Report on vaccination proceedings throughout the Government of Bengal -
Year: 1868
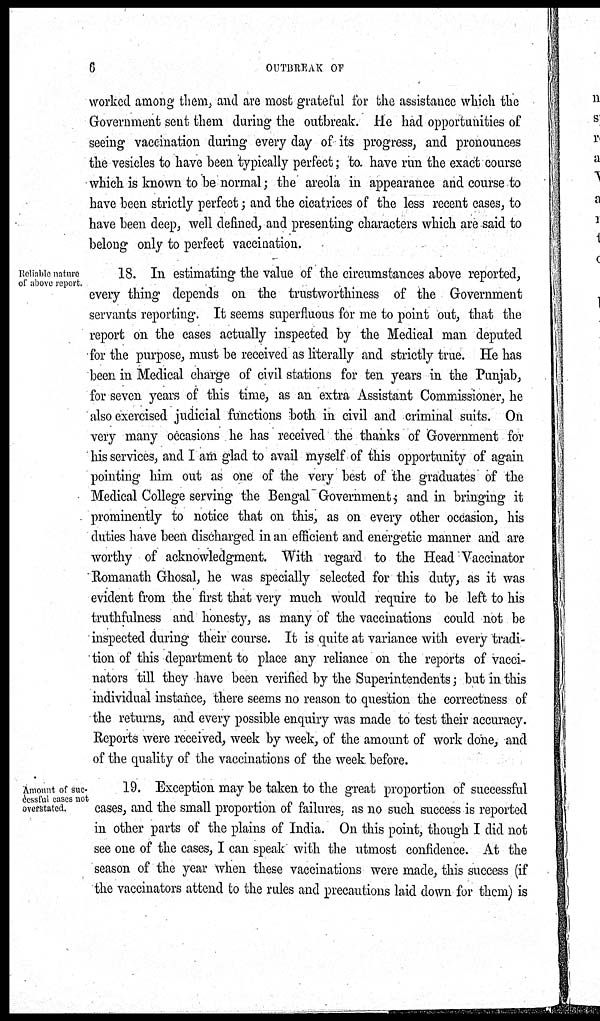
6
OUTBREAK OF
worked among them, and are most grateful for the assistance which the
Government sent them during the outbreak. He had opportunities of
seeing vaccination during every day of its progress, and pronounces
the vesicles to have been typically perfect; to. have run the exact course
which is known to be normal; the areola in appearance and course to
have been strictly perfect; and the cicatrices of the less recent cases, to
have been deep, well defined, and presenting characters which are said to
belong only to perfect vaccination.
Reliable nature
of above report.
18. In estimating the value of the circumstances above reported,
every thing depends on the trustworthiness of the Government
servants reporting. It seems superfluous for me to point out, that the
report on the cases actually inspected by the Medical man deputed
for the purpose, must be received as literally and strictly true. He has
been in Medical charge of civil stations for ten years in the Punjab,
for seven years of this time, as an extra Assistant Commissioner, he
also exercised judicial functions both in civil and criminal suits. On
very many occasions he has received the thanks of Government for
his services, and I am glad to avail myself of this opportunity of again
pointing him out as one of the very best of the graduates of the
Medical College serving the Bengal Government, and in bringing it
prominently to notice that on this, as on every other occasion, his
duties have been discharged in an efficient and energetic manner and are
worthy of acknowledgment. With regard to the Head Vaccinator
Romanath Ghosal, he was specially selected for this duty, as it was
evident from the first that very much would require to be left to his
truthfulness and honesty, as many of the vaccinations could not be
inspected during their course. It is quite at variance with every tradi-
tion of this department to place any reliance on the reports of vacci-
nators till they have been verified by the Superintendents; but in this
individual instance, there seems no reason to question the correctness of
the returns, and every possible enquiry was made to test their accuracy.
Reports were received, week by week, of the amount of work done, and
of the quality of the vaccinations of the week before.
Amount of suc-
cessful cases not
overstated.
19. Exception may be taken to the great proportion of successful
cases, and the small proportion of failures, as no such success is reported
in other parts of the plains of India. On this point, though I did not
see one of the cases, I can speak with the utmost confidence. At the
season of the year when these vaccinations were made, this success (if
the vaccinators attend to the rules and precautions laid down for them) is